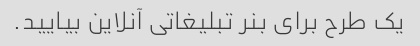
یک طرح برای بنر تبلیغاتی آنلاین بیایید.